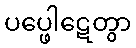
ပပ္ဖေါဋေတွာ